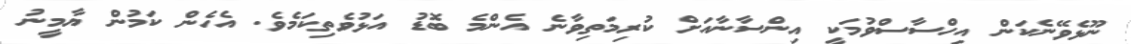
ނޫޅެވޭނެކަން އިހްސާސްވުމަކީ އިންސާނާއަށް ކުރިމަތިވާނެ އެންމެ ބޮޑު އަޅުވެތިކަމެވެ. އެހެން ކަމުން ޔާމީނު